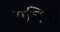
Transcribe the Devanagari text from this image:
सचिया